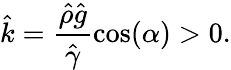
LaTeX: \hat{k}=\frac{\hat{\rho}\hat{g}}{\hat{\gamma}}\cos(\alpha)>0.